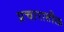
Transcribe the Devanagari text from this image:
प्रचारातील